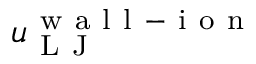
u _ { \mathrm { ~ L ~ J ~ } } ^ { \mathrm { ~ w ~ a ~ l ~ l ~ - ~ i ~ o ~ n ~ } }